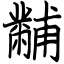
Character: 黼